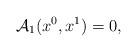
\begin{align*}{\cal A}_1 (x^0 ,x^1 ) = 0 , \end{align*}